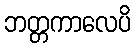
ဘတ္တကာလေပိ